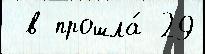
 в прошла́ 29